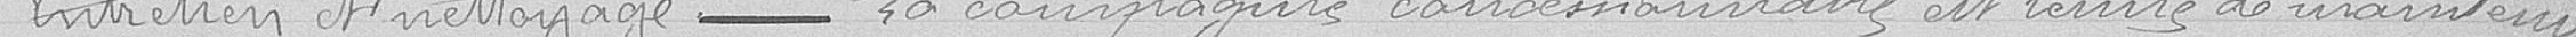
Entretien et nettoyage ------ La compagnie concessionnaire est tenue de maintenir